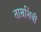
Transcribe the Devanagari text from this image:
ताम्रशिंबी